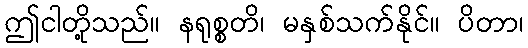
ဤငါတို့သည်။ နရုစ္စတိ၊ မနှစ်သက်နိုင်။ ပိတာ၊